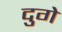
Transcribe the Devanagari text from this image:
दुगे